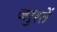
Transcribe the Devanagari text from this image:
जरुरतें